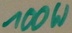
Text: 100W